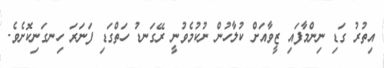
އިތުރު ގަޑި ނިންމާފައި ޒީވާއަށް ކުލާހުން ނުކުމެވުނީ ރޭގަނޑު ހަތްގަޑި ފަނަރަ ހިނގަނިކޮށެވެ.